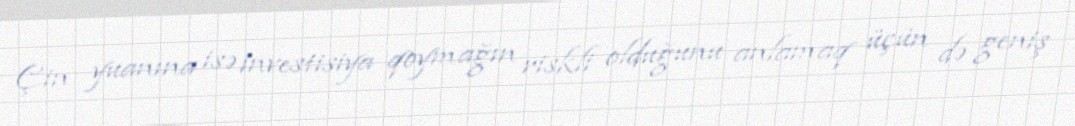
Çin yuanına isə investisiya qoymağın riskli olduğunu anlamaq üçün də geniş